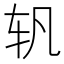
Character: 𰹴